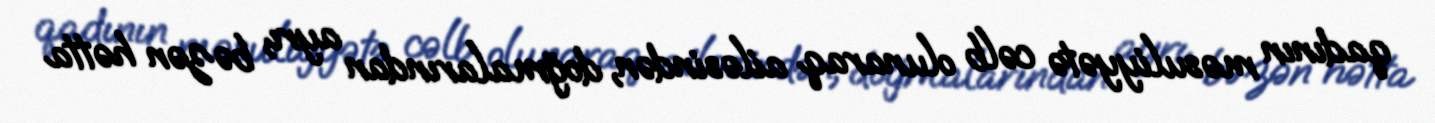
qadının məsuliyyətə cəlb olunaraq ailəsindən, doğmalarından ayrı, bəzən hətta